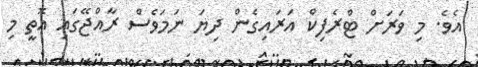
އެވެ. މި ވަރަށް ޓްރެފިކް އަރައިގެން ދިޔަ ނަމަވެސް ރާއްޖޭގައި އޮތީ މި